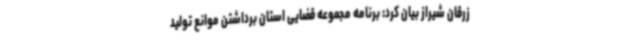
زرقان شیراز بیان کرد: برنامه مجموعه قضایی استان برداشتن موانع تولید